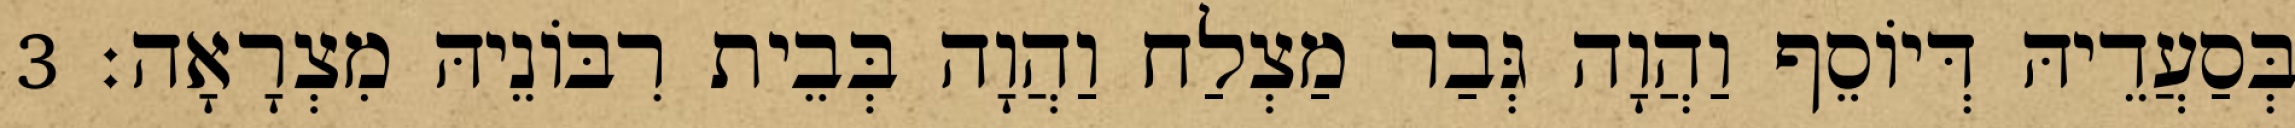
בְּסַעֲדֵיהּ דְּיוֹסֵף וַהֲוָה גְּבַר מַצְלַח וַהֲוָה בְּבֵית רִבּוֹנֵיהּ מִצְרָאָה׃ 3